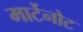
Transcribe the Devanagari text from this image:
मार्टेनोट